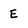
Character: E